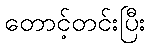
တောင့်တင်းပြီး